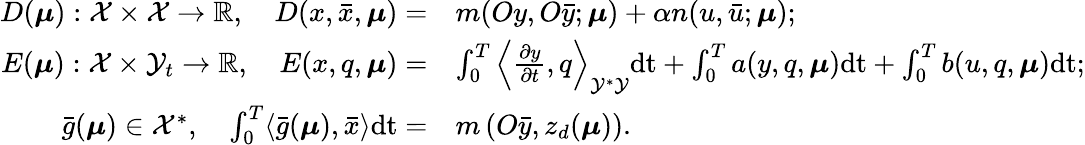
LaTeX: \begin{array}{rl}{D(\boldsymbol{\mu}):\mathcal{X}\times\mathcal{X}\to\mathbb{R},\quad D(x,\bar{x},\boldsymbol{\mu})=}&{m(Oy,O\bar{y};\boldsymbol{\mu})+\alpha n(u,\bar{u};\boldsymbol{\mu});}\\ {E(\boldsymbol{\mu}):\mathcal{X}\times\mathcal{Y}_{t}\to\mathbb{R},\quad E(x,q,\boldsymbol{\mu})=}&{\int_{0}^{T}\left\langle\frac{\partial y}{\partial t},q\right\rangle_{\mathcal{Y}^{*}\mathcal{Y}}\mathrm{dt}+\int_{0}^{T}a(y,q,\boldsymbol{\mu})\mathrm{dt}+\int_{0}^{T}b(u,q,\boldsymbol{\mu})\mathrm{dt};}\\ {\bar{g}(\boldsymbol{\mu})\in\mathcal{X}^{*},\quad\int_{0}^{T}\langle\bar{g}(\boldsymbol{\mu}),\bar{x}\rangle\mathrm{dt}=}&{m\left(O\bar{y},z_{d}(\boldsymbol{\mu})\right).}\end{array}